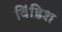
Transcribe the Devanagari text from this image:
विंडिश